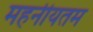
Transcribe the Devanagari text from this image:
महनीयतम